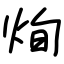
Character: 㶷